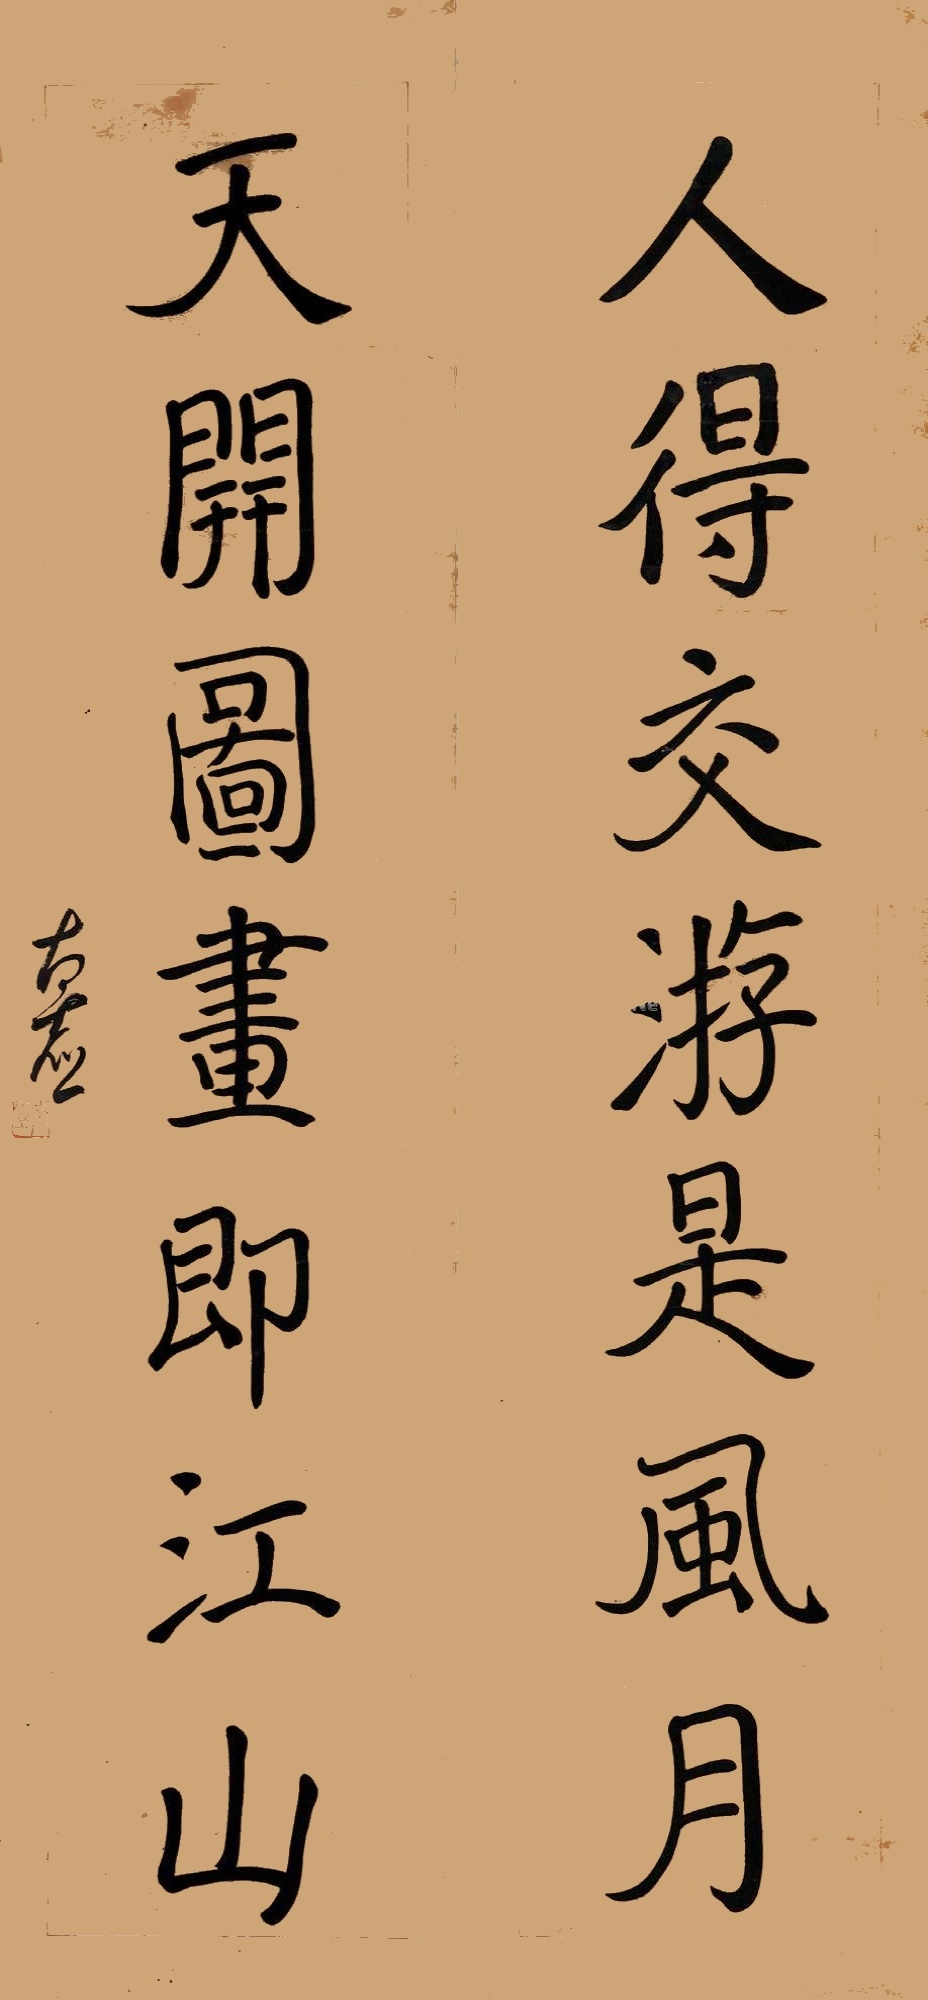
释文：人得交游是风月,天开图画即江山。太虚